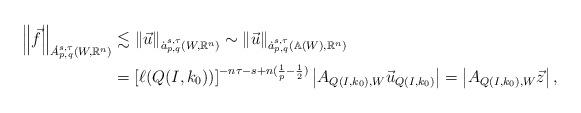
LaTeX: \begin{align*}\left\|\vec f\right\|_{\dot A^{s,\tau}_{p,q}(W,\mathbb{R}^n)}&\lesssim\left\|\vec u\right\|_{\dot a^{s,\tau}_{p,q}(W,\mathbb{R}^n)}\sim\left\|\vec u\right\|_{\dot a^{s,\tau}_{p,q}(\mathbb{A}(W),\mathbb{R}^n)}\\&=[\ell(Q(I,k_0))]^{-n\tau-s+n(\frac{1}{p}-\frac{1}{2})}\left|A_{Q(I,k_0),W}\vec u_{Q(I,k_0)}\right|=\left|A_{Q(I,k_0),W}\vec z\right|,\end{align*}